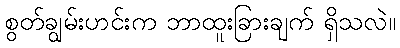
စွတ်ချွမ်းဟင်းက ဘာထူးခြားချက် ရှိသလဲ။